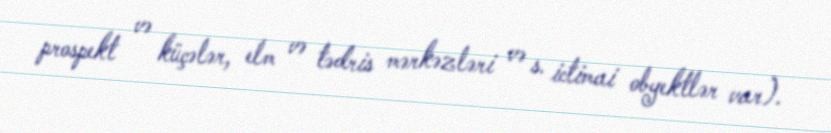
prospekt və küçələr, elm və tədris mərkəzləri və s. ictimai obyektlər var).